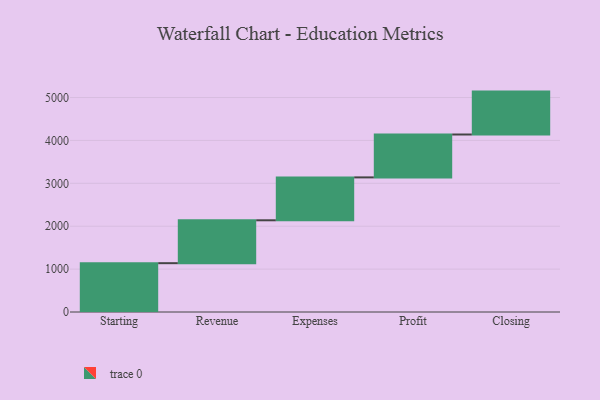
{"axis": {"x": "Step", "y": "Value"}, "legend": [""], "data": [{"x": "Starting", "y": 1138.0, "type": ""}, {"x": "Revenue", "y": 1000, "type": ""}, {"x": "Expenses", "y": 1000, "type": ""}, {"x": "Profit", "y": 1000, "type": ""}, {"x": "Closing", "y": 1000, "type": ""}]}